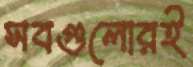
সবগুলোরই